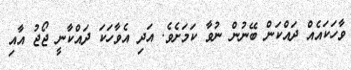
ވާހަކައެއް ދައްކަން ބޭނުން ނުވާ ކަމަށެވެ. އަދި އެވާހަކަ ދައްކާނީ ޖޯޖު އާއި